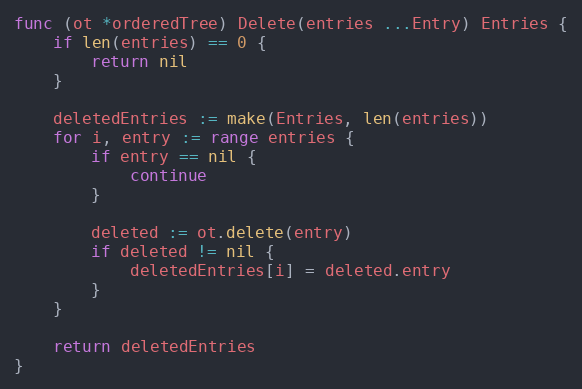
Language: Go
func (ot *orderedTree) Delete(entries ...Entry) Entries {
	if len(entries) == 0 {
		return nil
	}

	deletedEntries := make(Entries, len(entries))
	for i, entry := range entries {
		if entry == nil {
			continue
		}

		deleted := ot.delete(entry)
		if deleted != nil {
			deletedEntries[i] = deleted.entry
		}
	}

	return deletedEntries
}